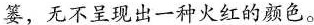
篓，无不呈现出一种火红的颜色。